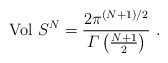
\begin{align*}{\rm Vol}\ S^N = \frac{2 \pi^{(N + 1)/2}}{{\mit\Gamma}\left( \frac{N + 1}{2} \right)} \ .\end{align*}